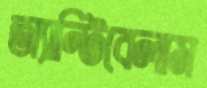
অ্যান্টিবেলাম